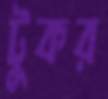
টুকর